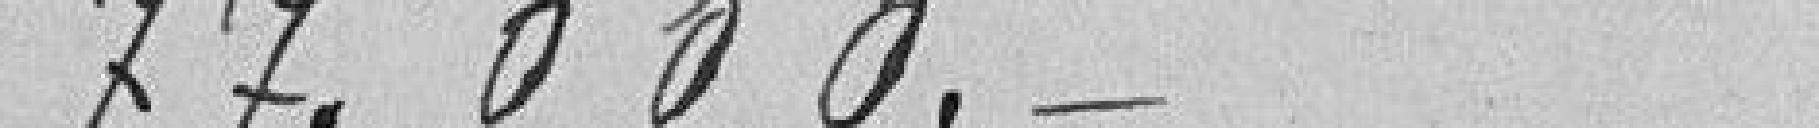
77.000.